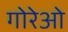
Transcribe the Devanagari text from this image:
गोरेओ